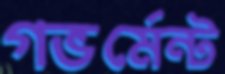
গভর্মেন্ট